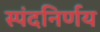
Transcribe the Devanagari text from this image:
स्पंदनिर्णय